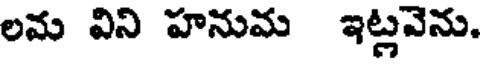
లమ విని హనుమ ఇట్లవెను.